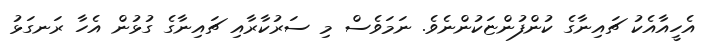
އެހީއާއެކު ޗައިނާގެ ކުންފުންޏަކުންނެވެ. ނަމަވެސް މި ސަރުކާރާއި ޗައިނާގެ ގުޅުން އެހާ ރަނގަޅު